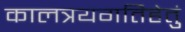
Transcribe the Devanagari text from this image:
कालत्रयगतिहेतुं